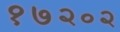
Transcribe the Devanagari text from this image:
१७२०२